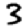
Digit: 3